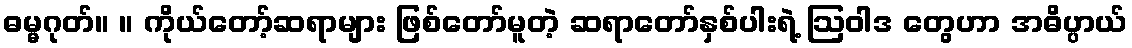
ဓမ္မဂုတ်။ ။ ကိုယ်တော့်ဆရာများ ဖြစ်တော်မူတဲ့ ဆရာတော်နှစ်ပါးရဲ့ ဩဝါဒ တွေဟာ အဓိပ္ပာယ်